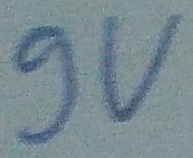
Text: 9v